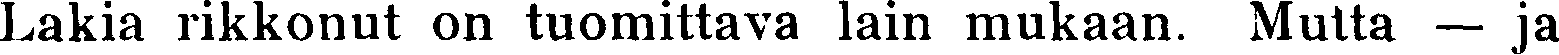
Lakia rikkonut on tuomittava lain mukaan. Mutta —ja